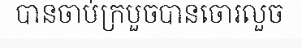
បានចាប់ក្របួចបានចោរលួច